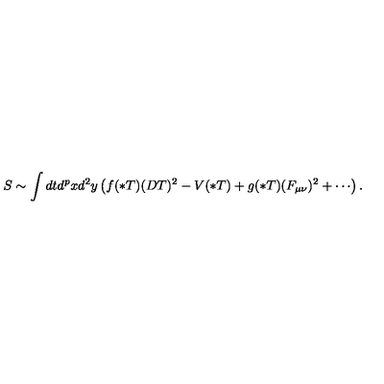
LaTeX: S \sim \int d t d ^ { p } x d ^ { 2 } y \left( f ( * T ) ( D T ) ^ { 2 } - V ( * T ) + g ( * T ) ( F _ { \mu \nu } ) ^ { 2 } + \cdots \right) .